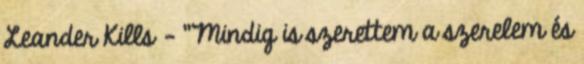
Leander Kills - "Mindig is szerettem a szerelem és